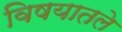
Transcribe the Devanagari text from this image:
विषयातले